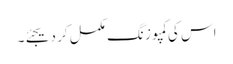
اس کی کمپوزنگ مکمل کر دیجئے۔